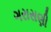
ગરાસણી